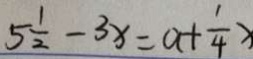
5 \frac { 1 } { 2 } - 3 x = a + \frac { 1 } { 4 } x